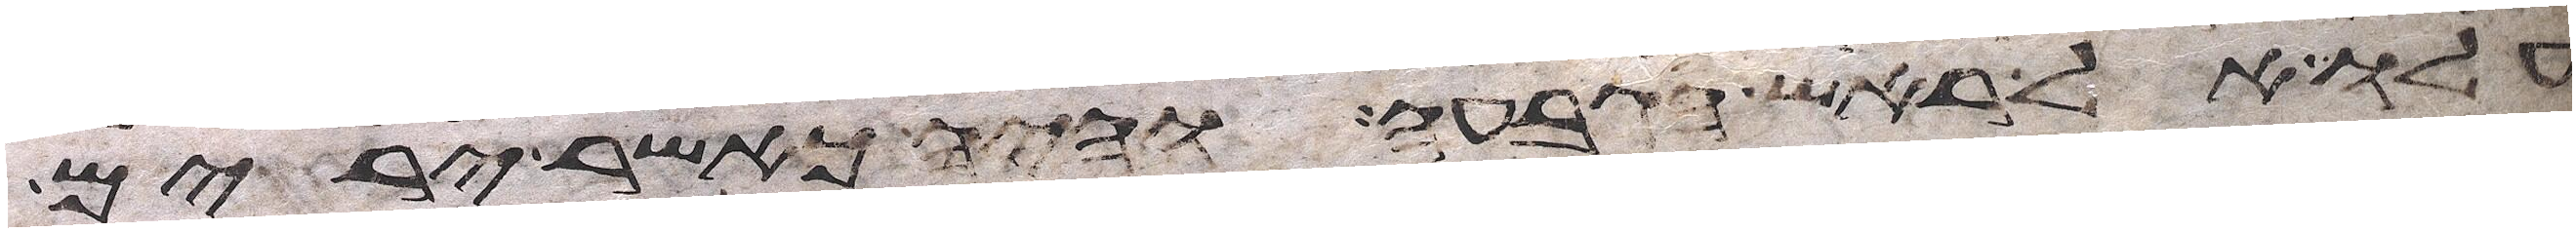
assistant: עלו אל ראש הגבעה והיה כאשר ירים